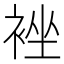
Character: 𮖉